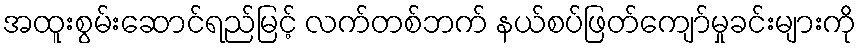
အထူးစွမ်းဆောင်ရည်မြင့် လက်တစ်ဘက် နယ်စပ်ဖြတ်ကျော်မှုခင်းများကို